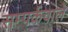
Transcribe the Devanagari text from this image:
सम्पर्कवाले